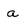
Character: a